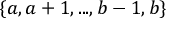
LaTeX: \{ a , a + 1 , . . . , b - 1 , b \}